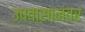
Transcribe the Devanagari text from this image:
उपवासानंतर